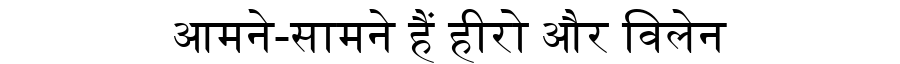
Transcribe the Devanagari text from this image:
आमने-सामने हैं हीरो और विलेन